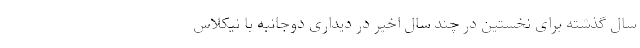
سال گذشته برای نخستین در چند سال اخیر در دیداری دوجانبه با نیکلاس